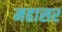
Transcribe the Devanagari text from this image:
महासर